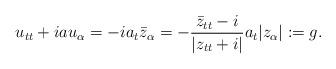
LaTeX: \begin{align*}u_{tt}+iau_{\alpha}=-ia_t\bar{z}_{\alpha}=-\frac{\bar{z}_{tt}-i}{|z_{tt}+i|}a_t|z_{\alpha}|:=g.\end{align*}